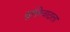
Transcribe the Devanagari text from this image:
युक्तिवादाला